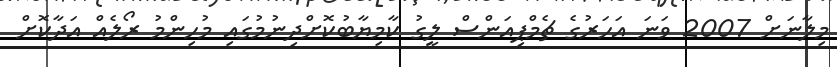
މިލާނަށް 2007 ވަނަ އަހަރުގެ ޗެމްޕިއަންސް ލީގު ކާމިޔާބުކޮށްދިނުމުގައި މުހިންމު ރޯލެއް އަދާކޮށް